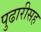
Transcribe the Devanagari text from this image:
पुढारीसह